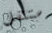
ستنتقل